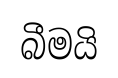
බීමයි